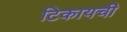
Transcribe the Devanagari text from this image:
टिकायची